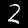
Label: 2